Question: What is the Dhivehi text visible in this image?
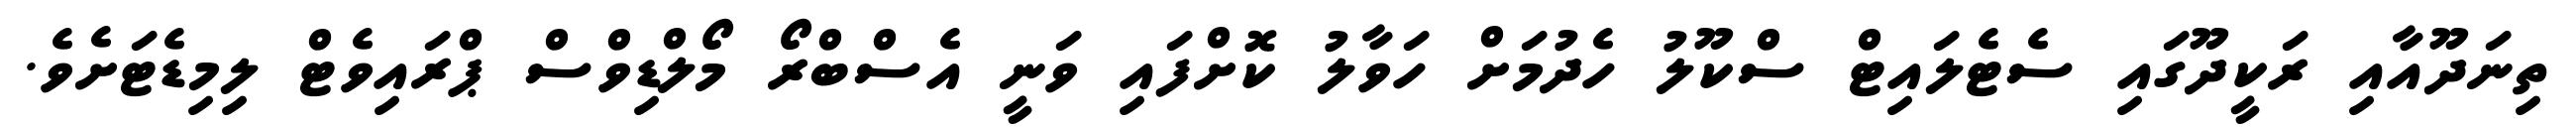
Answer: ތިނަދޫއާއި ރަކީދޫގައި ސެޓެލައިޓް ސްކޫލު ހެދުމަށް ހަވާލު ކޮށްފައި ވަނީ އެސްބްރޯ މޯލްޑިވްސް ޕްރައިވެޓް ލިމިޑެޓަށެވެ.